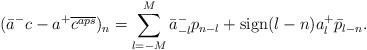
LaTeX: \begin{align*}(\bar{a}^-c-a^+\overline{c^{aps}})_n= \sum_{l=-M}^{M}\bar{a}^-_{-l}p_{n-l}+\mbox{sign}(l-n)a^+_l\bar{p}_{l-n}.\end{align*}